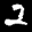
Label: 2